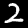
Label: 2